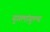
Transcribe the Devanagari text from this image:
युगलांगुल्य